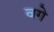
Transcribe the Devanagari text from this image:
वगे